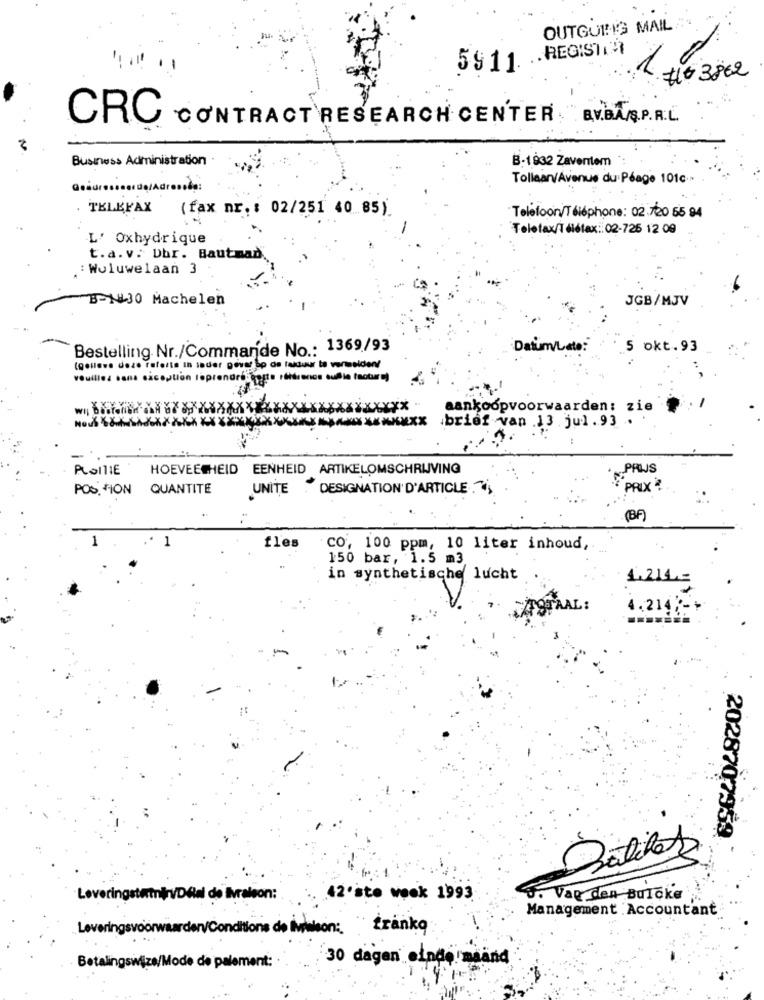
OUTGOING MAIL
5911. .. REGISTAR
## 3862
CRC
CONTRACT RESEARCH CENTER E.V.BA/S.P.R.L.
Business Administration
B-1932 Zaventem
Tollaan/Avenue du Péage 101c -
uş/Aur
TELEFAX (fax nr. : 02/251 40 85)
Telefoon/Téléphone: 02.720 55 94
Telefax/Télétax: 02-725 12 09
L' Oxhydrique
t.a. v. Dbr. Bautmad.
: Woluwelaan 3
B-1430 Machelen
JGB/MJV
Bestelling. Nr./Commande No .: 1369/93
Datum/Late:
.5 okt.93
(geneve deze raferta in sader Devar bo ds faktuur to vermelden!
veuillez sans exception toprendretop
aankoopvoorwaarden: zie
NOUS
XXXXX
.brief van .13 .jul. 93 .
PLOITIE
HOEVEELHEID EENHEID ARTIKELOMSCHRIJVING
PRIJS
POS TION QUANTITE
UNITE DESIGNATION D'ARTICLE .
PRIX
(B)
1
1
fles
co, 100 ppm, 10 liter inhoud,
150 bar, 1.5 m3
in synthetische lucht
PAAL:
4.2142-
2028707959
Batches
Leveringstetniry/Dial de livraison:
42·ste week 1993
J. Vag den Buloke
Management Accountant
Leveringsvoorwaarden/Conditions de Balon: frankq
30 dagen einpermaand
Betalingswijze/Mode de palement: ·